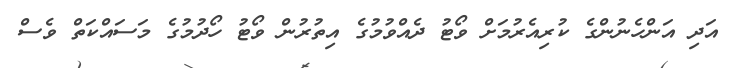
އަދި އަންހެނުންގެ ކުރިއެރުމަށް ވޯޓު ދެއްވުމުގެ އިތުރުން ވޯޓު ހޯދުމުގެ މަސައްކަތް ވެސް